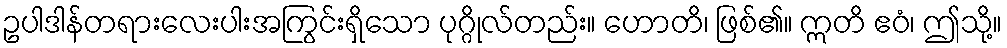
ဥပါဒါန်တရားလေးပါးအကြွင်းရှိသော ပုဂ္ဂိုလ်တည်း။ ဟောတိ၊ ဖြစ်၏။ ဣတိ ဧဝံ၊ ဤသို့။